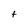
Character: f